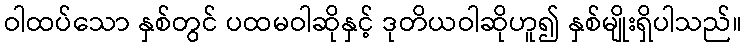
ဝါထပ်သော နှစ်တွင် ပထမဝါဆိုနှင့် ဒုတိယဝါဆိုဟူ၍ နှစ်မျိုးရှိပါသည်။